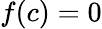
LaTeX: f(c)=0